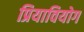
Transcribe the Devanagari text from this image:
प्रियावियोग